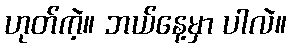
ဟုတ်ကဲ့။ ဘယ်နေ့မှာ ပါလဲ။